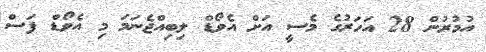
އުމުރުން 28 އަހަރުގެ މެސީ އަށް އެވޯޑް ލިބިއްޖެނަމަ މި އެވޯޑް ފަސް